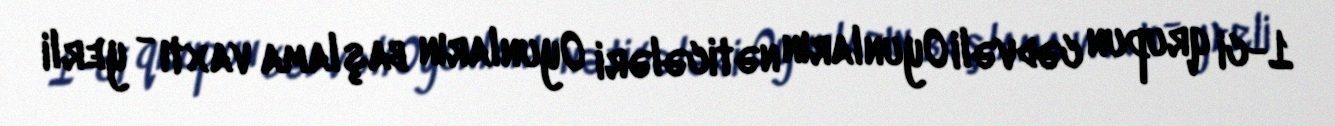
1-ci qrupun cədvəli Oyunların nəticələri Oyunların başlama vaxtı - yerli